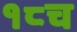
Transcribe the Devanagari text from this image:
१८च